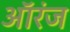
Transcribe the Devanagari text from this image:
ऑरंज